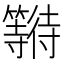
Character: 𱸯